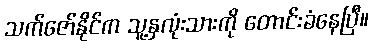
သက်ဇော်နိုင်က သူ့နှလုံးသားကို တောင်းခံနေပြီ။